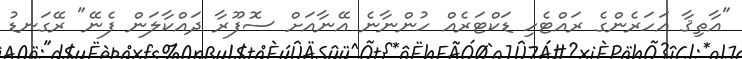
"އާތިޤާ އަހަރެންގެ ރައްޓެހި ޑަކްޓަރެއް ހުންނާނެ އޭނާއަށް ސޮފޫރާ ދައްކާލަން ފެނޭ" ރޭގަނޑު